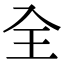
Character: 全